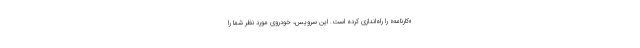
«کارنامه» را راه‌اندازی کرده است. این سرویس، خودروی مورد نظر شما را